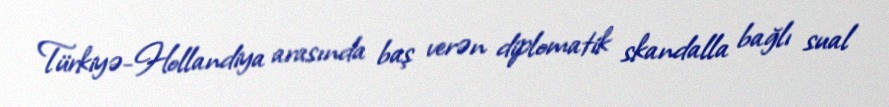
Türkiyə-Hollandiya arasında baş verən diplomatik skandalla bağlı sual